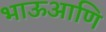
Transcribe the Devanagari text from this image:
भाऊआणि